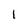
Character: 1